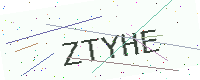
Text: ZTYHE